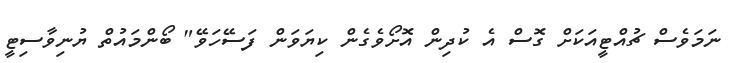
ނަމަވެސް ޗުއްޓީއަކަށް ގޮސް އެ ކުދިން އޮށޯވެގެން ކިޔަވަން ފަސޭހަވޭ" ބޯންމައުތް ޔުނިވާސިޓީ